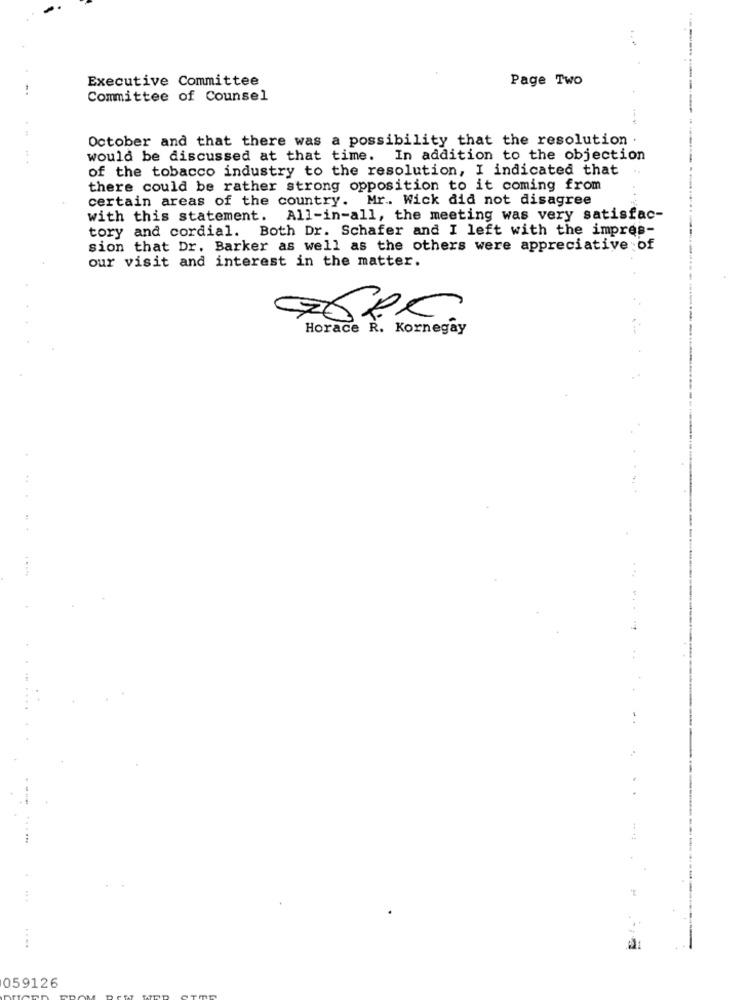
....
Executive Committee
Page Two
Committee of Counsel
October and that there was a possibility that the resolution
would be discussed at that time. In addition to the objection
of the tobacco industry to the resolution, I indicated that
there could be rather strong opposition to it coming from
certain areas of the country. Mr .. Wick did not disagree
with this statement. All-in-all, the meeting was very satisfac-
tory and cordial. Both Dr. Schafer and I left with the impres-
sion that Dr. Barker as well as the others were appreciative of
our visit and interest in the matter.
76PC.
Horace R. Kornegay
059126